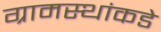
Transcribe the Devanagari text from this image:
ग्रामस्‍थांकडे